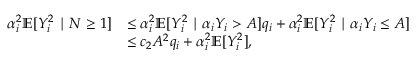
\begin{array} { r l } { \alpha _ { i } ^ { 2 } \mathbb { E } [ Y _ { i } ^ { 2 } \mid N \geq 1 ] } & { \le \alpha _ { i } ^ { 2 } \mathbb { E } [ Y _ { i } ^ { 2 } \mid \alpha _ { i } Y _ { i } > A ] q _ { i } + \alpha _ { i } ^ { 2 } \mathbb { E } [ Y _ { i } ^ { 2 } \mid \alpha _ { i } Y _ { i } \leq A ] } \\ & { \leq c _ { 2 } A ^ { 2 } q _ { i } + \alpha _ { i } ^ { 2 } \mathbb { E } [ Y _ { i } ^ { 2 } ] , } \end{array}